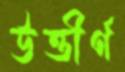
উত্তীর্ণ